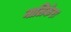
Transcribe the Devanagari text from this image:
नालिकेरः